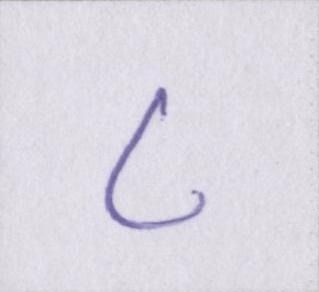
८